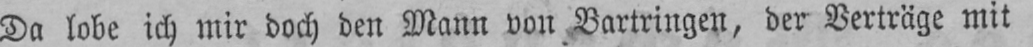
Da lobe ich mir doch den Mann von Bartringen, der Verträge mit